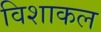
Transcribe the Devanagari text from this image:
विशाकल